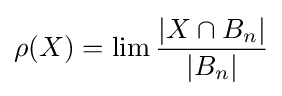
\rho (X)=\lim {\frac {|X\cap B_{n}|}{|B_{n}|}}